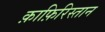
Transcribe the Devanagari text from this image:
क़ाफ़िरिस्तान